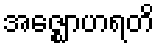
အဇ္ဈောဟရတိ